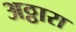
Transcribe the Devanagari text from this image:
अठ्ठारा